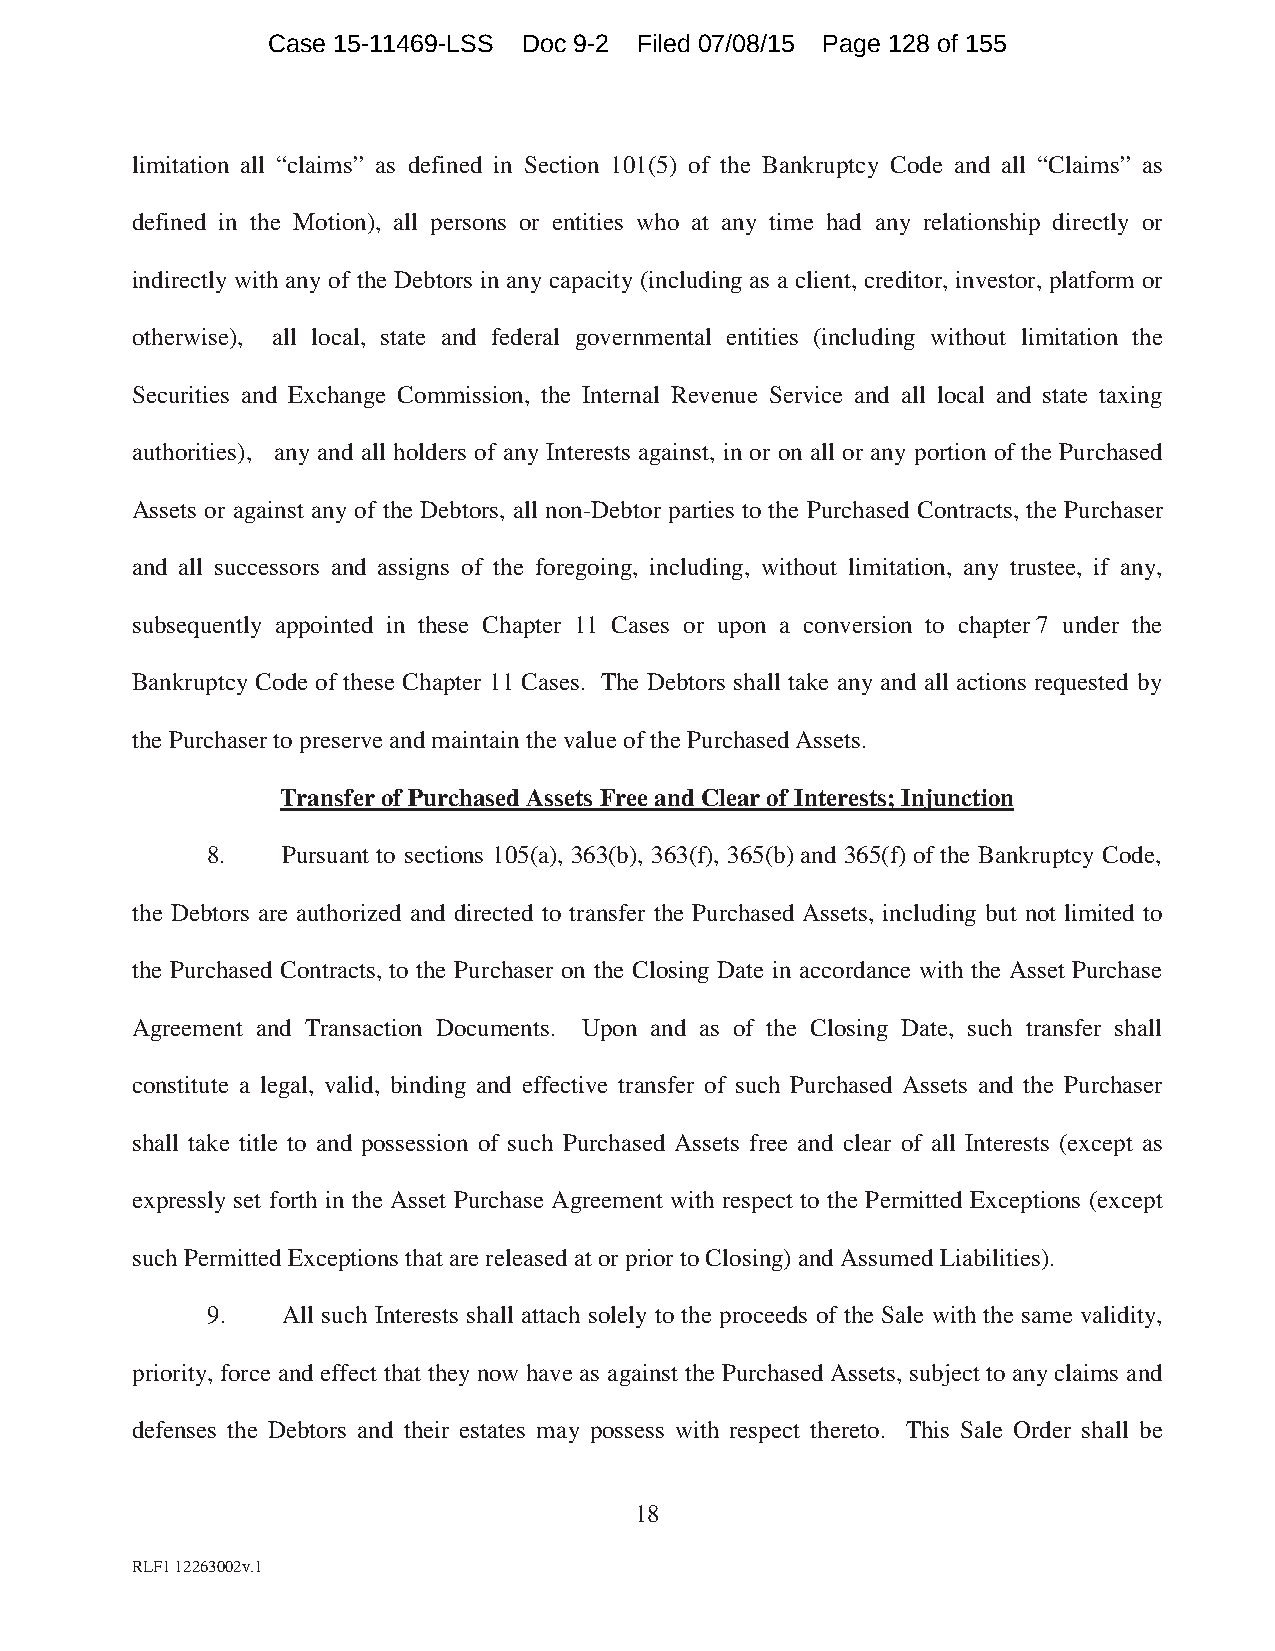
Case 15-11469-LSS Doc 9-2 Filed 07/08/15 Page 128 of 155
 limitation all “claims” as defined in Section 101(5) of the Bankruptcy Code and all “Claims” as
 defined in the Motion), all persons or entities who at any time had any relationship directly or
 indirectly with any of the Debtors in any capacity (including as a client, creditor, investor, platform or
 otherwise), all local, state and federal governmental entities (including without limitation the
 Securities and Exchange Commission, the Internal Revenue Service and all local and state taxing
 authorities), any and all holders of any Interests against, in or on all or any portion of the Purchased
 Assets or against any of the Debtors, all non-Debtor parties to the Purchased Contracts, the Purchaser
 and all successors and assigns of the foregoing, including, without limitation, any trustee, if any,
 subsequently appointed in these Chapter 11 Cases or upon a conversion to chapter 7 under the
 Bankruptcy Code of these Chapter 11 Cases. The Debtors shall take any and all actions requested by
 the Purchaser to preserve and maintain the value of the Purchased Assets.
 Transfer of Purchased Assets Free and Clear of Interests; Injunction
 8.   Pursuant to sections 105(a), 363(b), 363(f), 365(b) and 365(f) of the Bankruptcy Code,
 the Debtors are authorized and directed to transfer the Purchased Assets, including but not limited to
 the Purchased Contracts, to the Purchaser on the Closing Date in accordance with the Asset Purchase
 Agreement and Transaction Documents. Upon and as of the Closing Date, such transfer shall
 constitute a legal, valid, binding and effective transfer of such Purchased Assets and the Purchaser
 shall take title to and possession of such Purchased Assets free and clear of all Interests (except as
 expressly set forth in the Asset Purchase Agreement with respect to the Permitted Exceptions (except
 such Permitted Exceptions that are released at or prior to Closing) and Assumed Liabilities).
 9.   All such Interests shall attach solely to the proceeds of the Sale with the same validity,
 priority, force and effect that they now have as against the Purchased Assets, subject to any claims and
 defenses the Debtors and their estates may possess with respect thereto. This Sale Order shall be
 18
 RLF1 12263002v.1